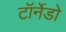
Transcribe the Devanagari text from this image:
टॉर्नेडो